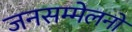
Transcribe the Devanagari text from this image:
जनसम्मेलनों